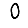
Digit: 0